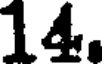
14.